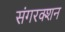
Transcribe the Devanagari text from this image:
संगरक्शन